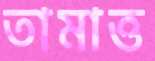
তামাত্ত